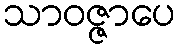
သာဝဇ္ဇာပေ